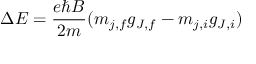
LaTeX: \Delta E = { \frac { e \hbar B } { 2 m } } ( m _ { j , f } g _ { J , f } - m _ { j , i } g _ { J , i } )